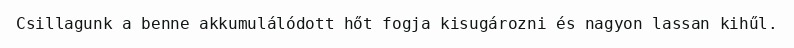
Csillagunk a benne akkumulálódott hőt fogja kisugározni és nagyon lassan kihűl.